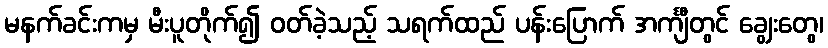
မနက်ခင်းကမှ မီးပူတိုက်၍ ဝတ်ခဲ့သည့် သရက်ထည် ပန်းပြောက် အင်္ကျီတွင် ချွေးတွေ၊